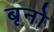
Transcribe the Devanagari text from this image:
बृनो